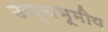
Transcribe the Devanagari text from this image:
उच्चभूमीय